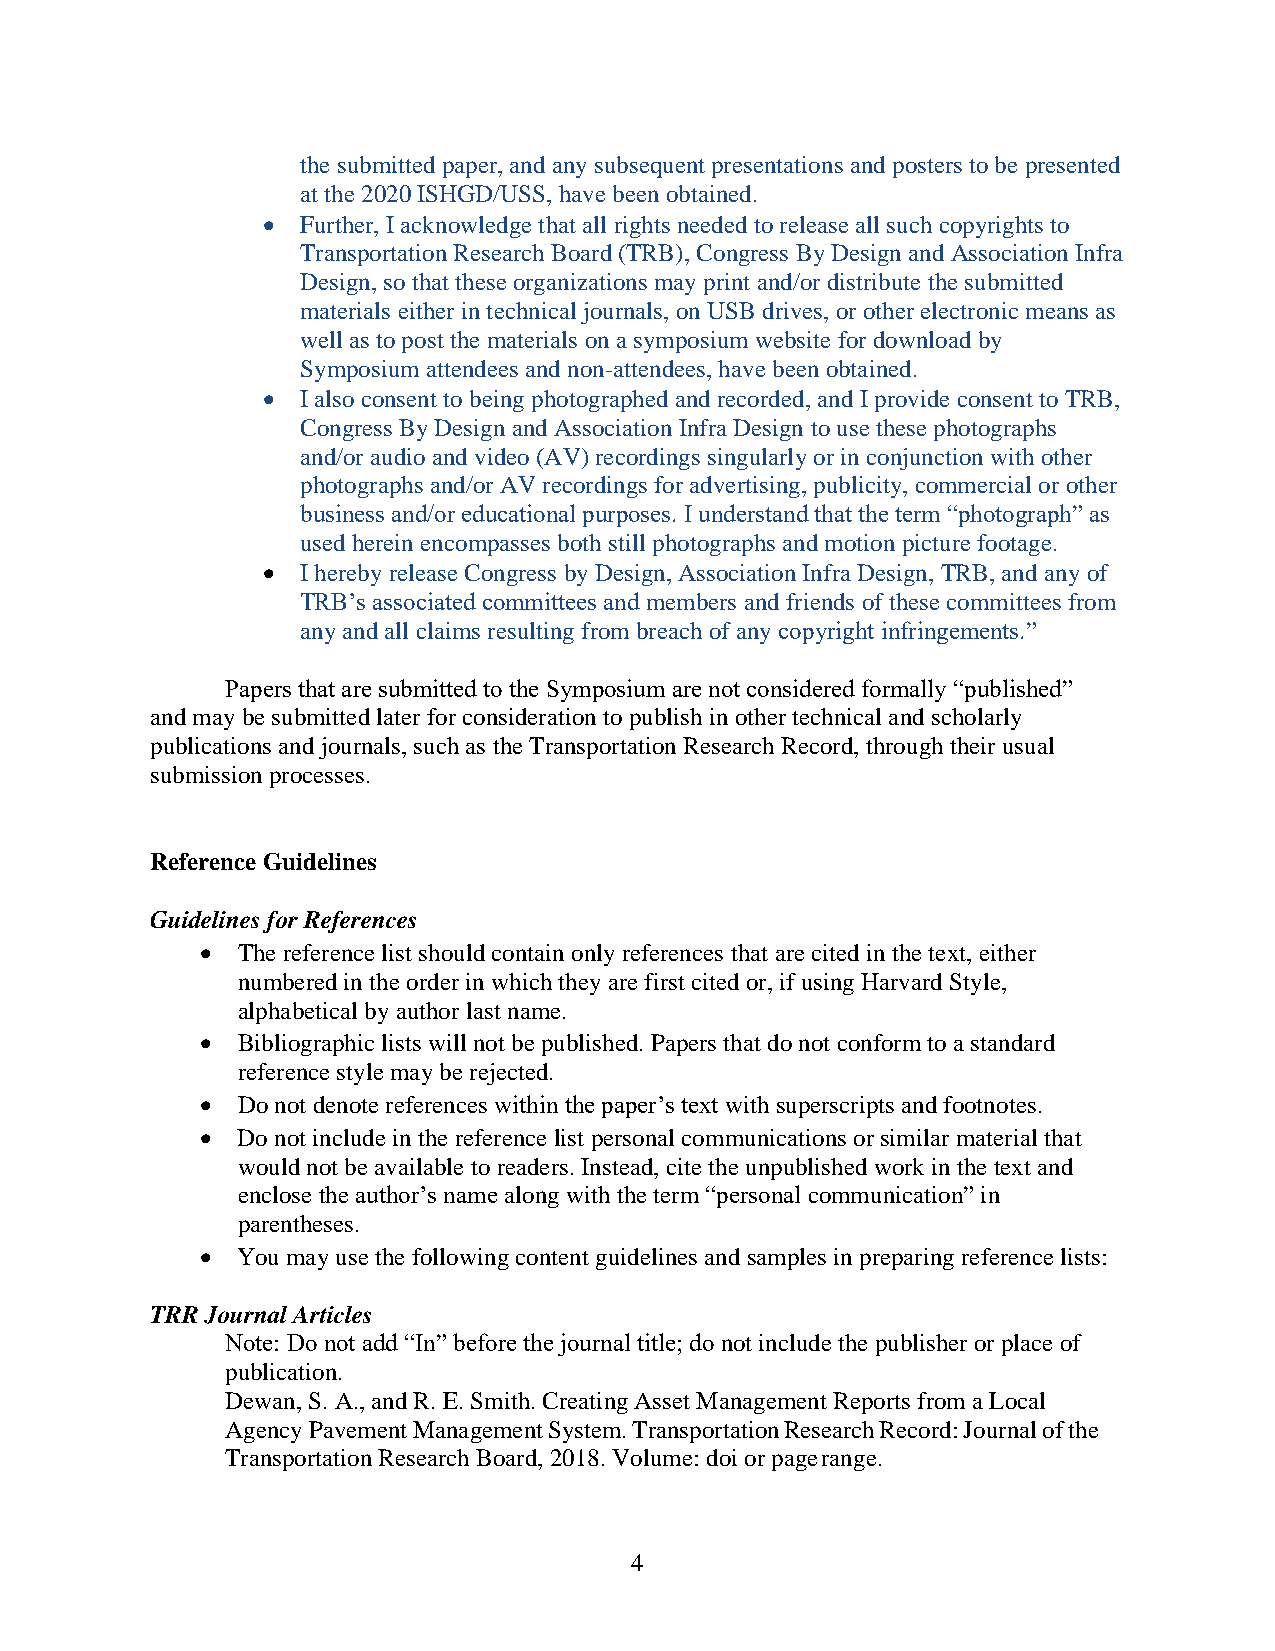
the submitted paper, and any subsequent presentations and posters to be presented
 at the 2020 ISHGD/USS, have been obtained.
 •  Further, I acknowledge that all rights needed to release all such copyrights to
 Transportation Research Board (TRB), Congress By Design and Association Infra
 Design, so that these organizations may print and/or distribute the submitted
 materials either in technical journals, on USB drives, or other electronic means as
 well as to post the materials on a symposium website for download by
 Symposium attendees and non-attendees, have been obtained.
 •  I also consent to being photographed and recorded, and I provide consent to TRB,
 Congress By Design and Association Infra Design to use these photographs
 and/or audio and video (AV) recordings singularly or in conjunction with other
 photographs and/or AV recordings for advertising, publicity, commercial or other
 business and/or educational purposes. I understand that the term “photograph” as
 used herein encompasses both still photographs and motion picture footage.
 •  I hereby release Congress by Design, Association Infra Design, TRB, and any of
 TRB’s associated committees and members and friends of these committees from
 any and all claims resulting from breach of any copyright infringements.”
 Papers that are submitted to the Symposium are not considered formally “published”
 and may be submitted later for consideration to publish in other technical and scholarly
 publications and journals, such as the Transportation Research Record, through their usual
 submission processes.
 Reference Guidelines
 Guidelines for References
 •  The reference list should contain only references that are cited in the text, either
 numbered in the order in which they are first cited or, if using Harvard Style,
 alphabetical by author last name.
 •  Bibliographic lists will not be published. Papers that do not conform to a standard
 reference style may be rejected.
 •  Do not denote references within the paper’s text with superscripts and footnotes.
 •  Do not include in the reference list personal communications or similar material that
 would not be available to readers. Instead, cite the unpublished work in the text and
 enclose the author’s name along with the term “personal communication” in
 parentheses.
 •  You may use the following content guidelines and samples in preparing reference lists:
 TRR Journal Articles
 Note: Do not add “In” before the journal title; do not include the publisher or place of
 publication.
 Dewan, S. A., and R. E. Smith. Creating Asset Management Reports from a Local
 Agency Pavement Management System. Transportation Research Record: Journal of the
 Transportation Research Board, 2018. Volume: doi or page range.
 4